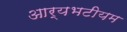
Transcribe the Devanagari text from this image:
आर्यभटीयम